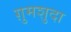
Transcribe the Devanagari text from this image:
ग़ुमशुदा